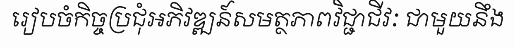
រៀបចំកិច្ចប្រជុំអភិវឌ្ឍន៍សមត្ថភាពវិជ្ជាជីវៈ ជាមួយនឹង